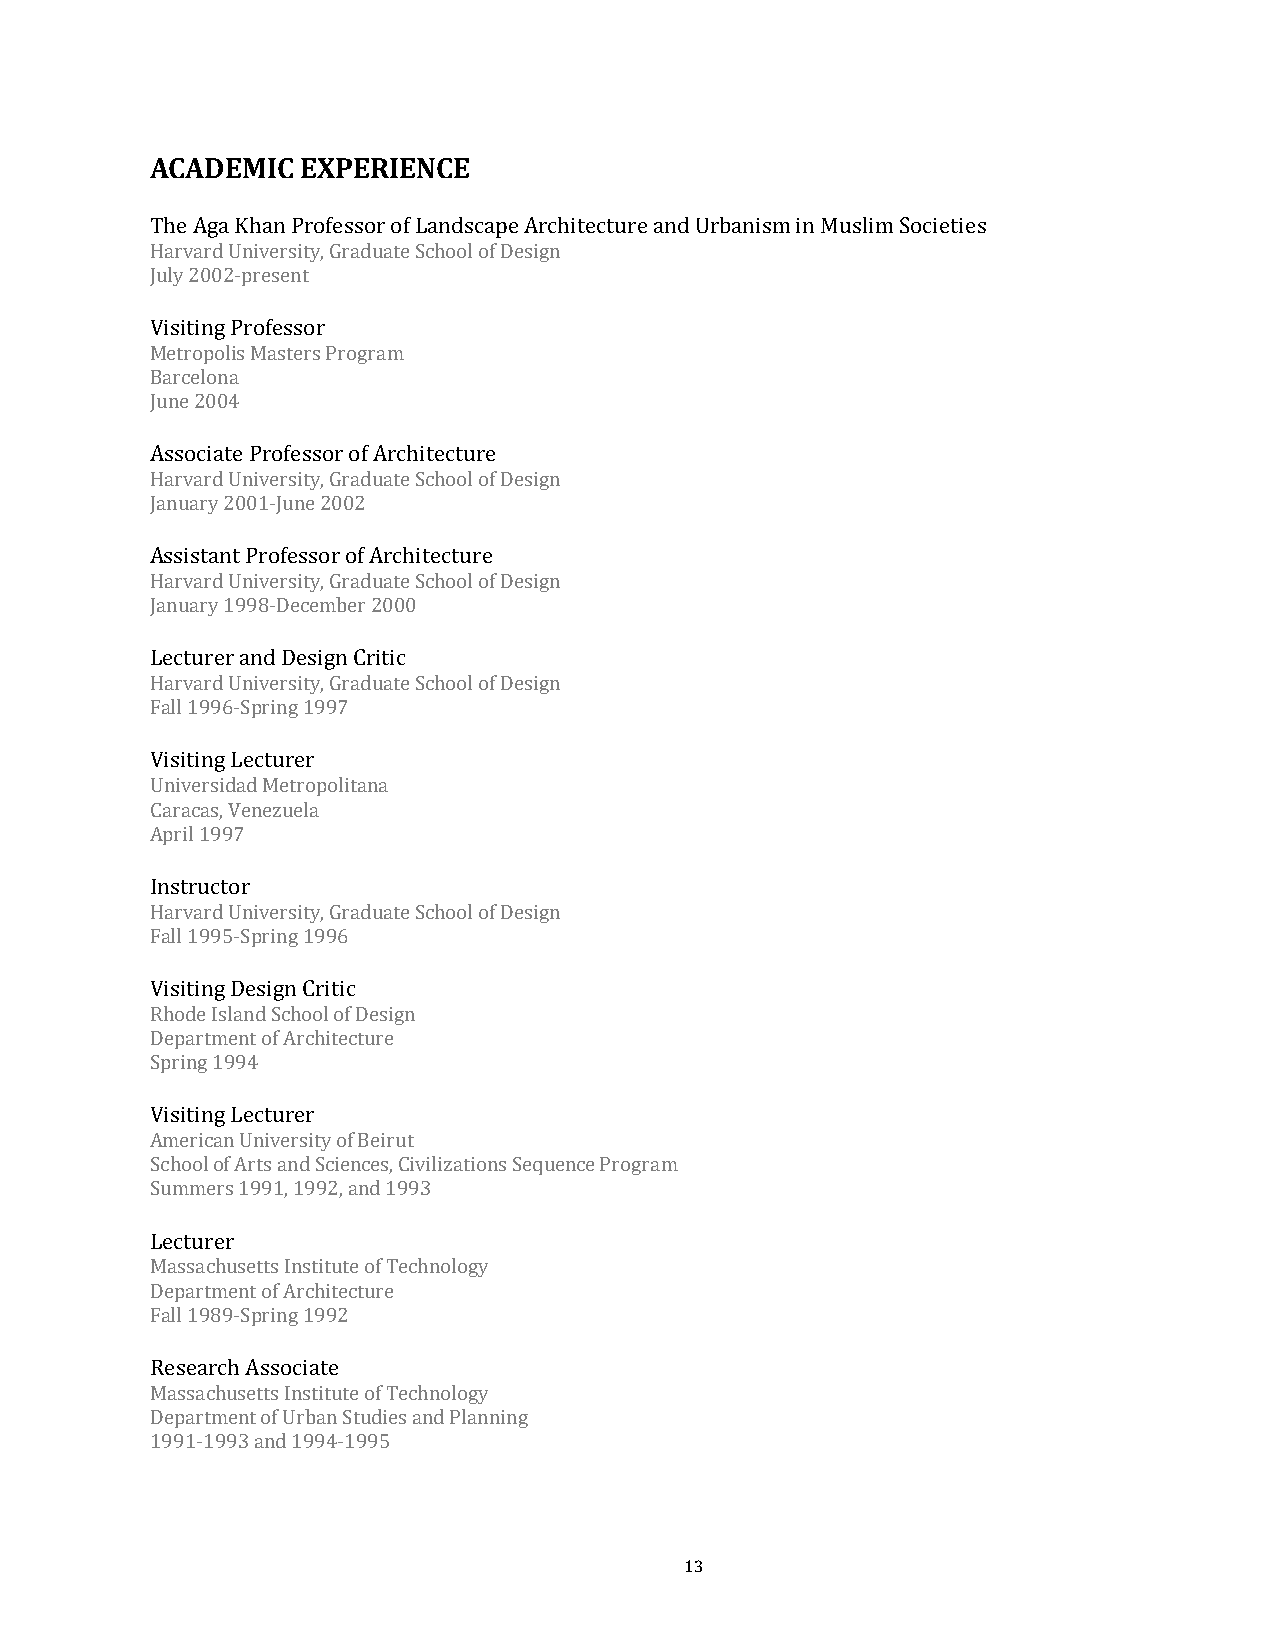
ACADEMIC  EXPERIENCE
 The Aga Khan Professor of Landscape Architecture and Urbanism in Muslim Societies
 Harvard University, Graduate School of Design
 July 2002-present
 Visiting Professor
 Metropolis Masters Program
 Barcelona
 June 2004
 Associate Professor of Architecture
 Harvard University, Graduate School of Design
 January 2001-June 2002
 Assistant Professor of Architecture
 Harvard University, Graduate School of Design
 January 1998-December 2000
 Lecturer and Design Critic
 Harvard University, Graduate School of Design
 Fall 1996-Spring 1997
 Visiting Lecturer
 Universida d Metropolitana
 Caracas, Venezuela
 April 1997
 Instructor
 Harvard University, Graduate School of Design
 Fall 1995-Spring 1996
 Visiting Design Critic
 Rhode Island School of Design
 Department of Architecture
 Spring 1994
 Visiting Lecturer
 American University of Beirut
 School of Arts and Sciences, Civilizations Sequence Program
 Summers 1991, 1992, and 1993
 Lecturer
 Massachusetts Institute of Technology
 Department of Architecture
 Fall 1989-Spring 1992
 Research Associate
 Massachusetts Institute of Technology
 Department of Urban Studies and Planning
 1991-1993 and 1994-1995
 13